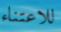
للاعتناء